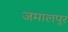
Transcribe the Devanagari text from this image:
जमालपूर